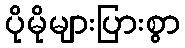
ပိုမိုများပြားစွာ